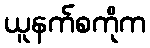
ယူနက်စကိုက